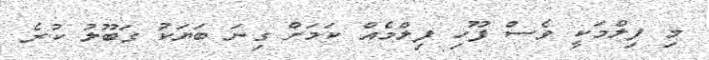
މި ފިލްމަކީ ވެސް ފޫހި ފިލްމެއް ކަމަށް ގިނަ ބަޔަކު ގަބޫލު ކުރެ